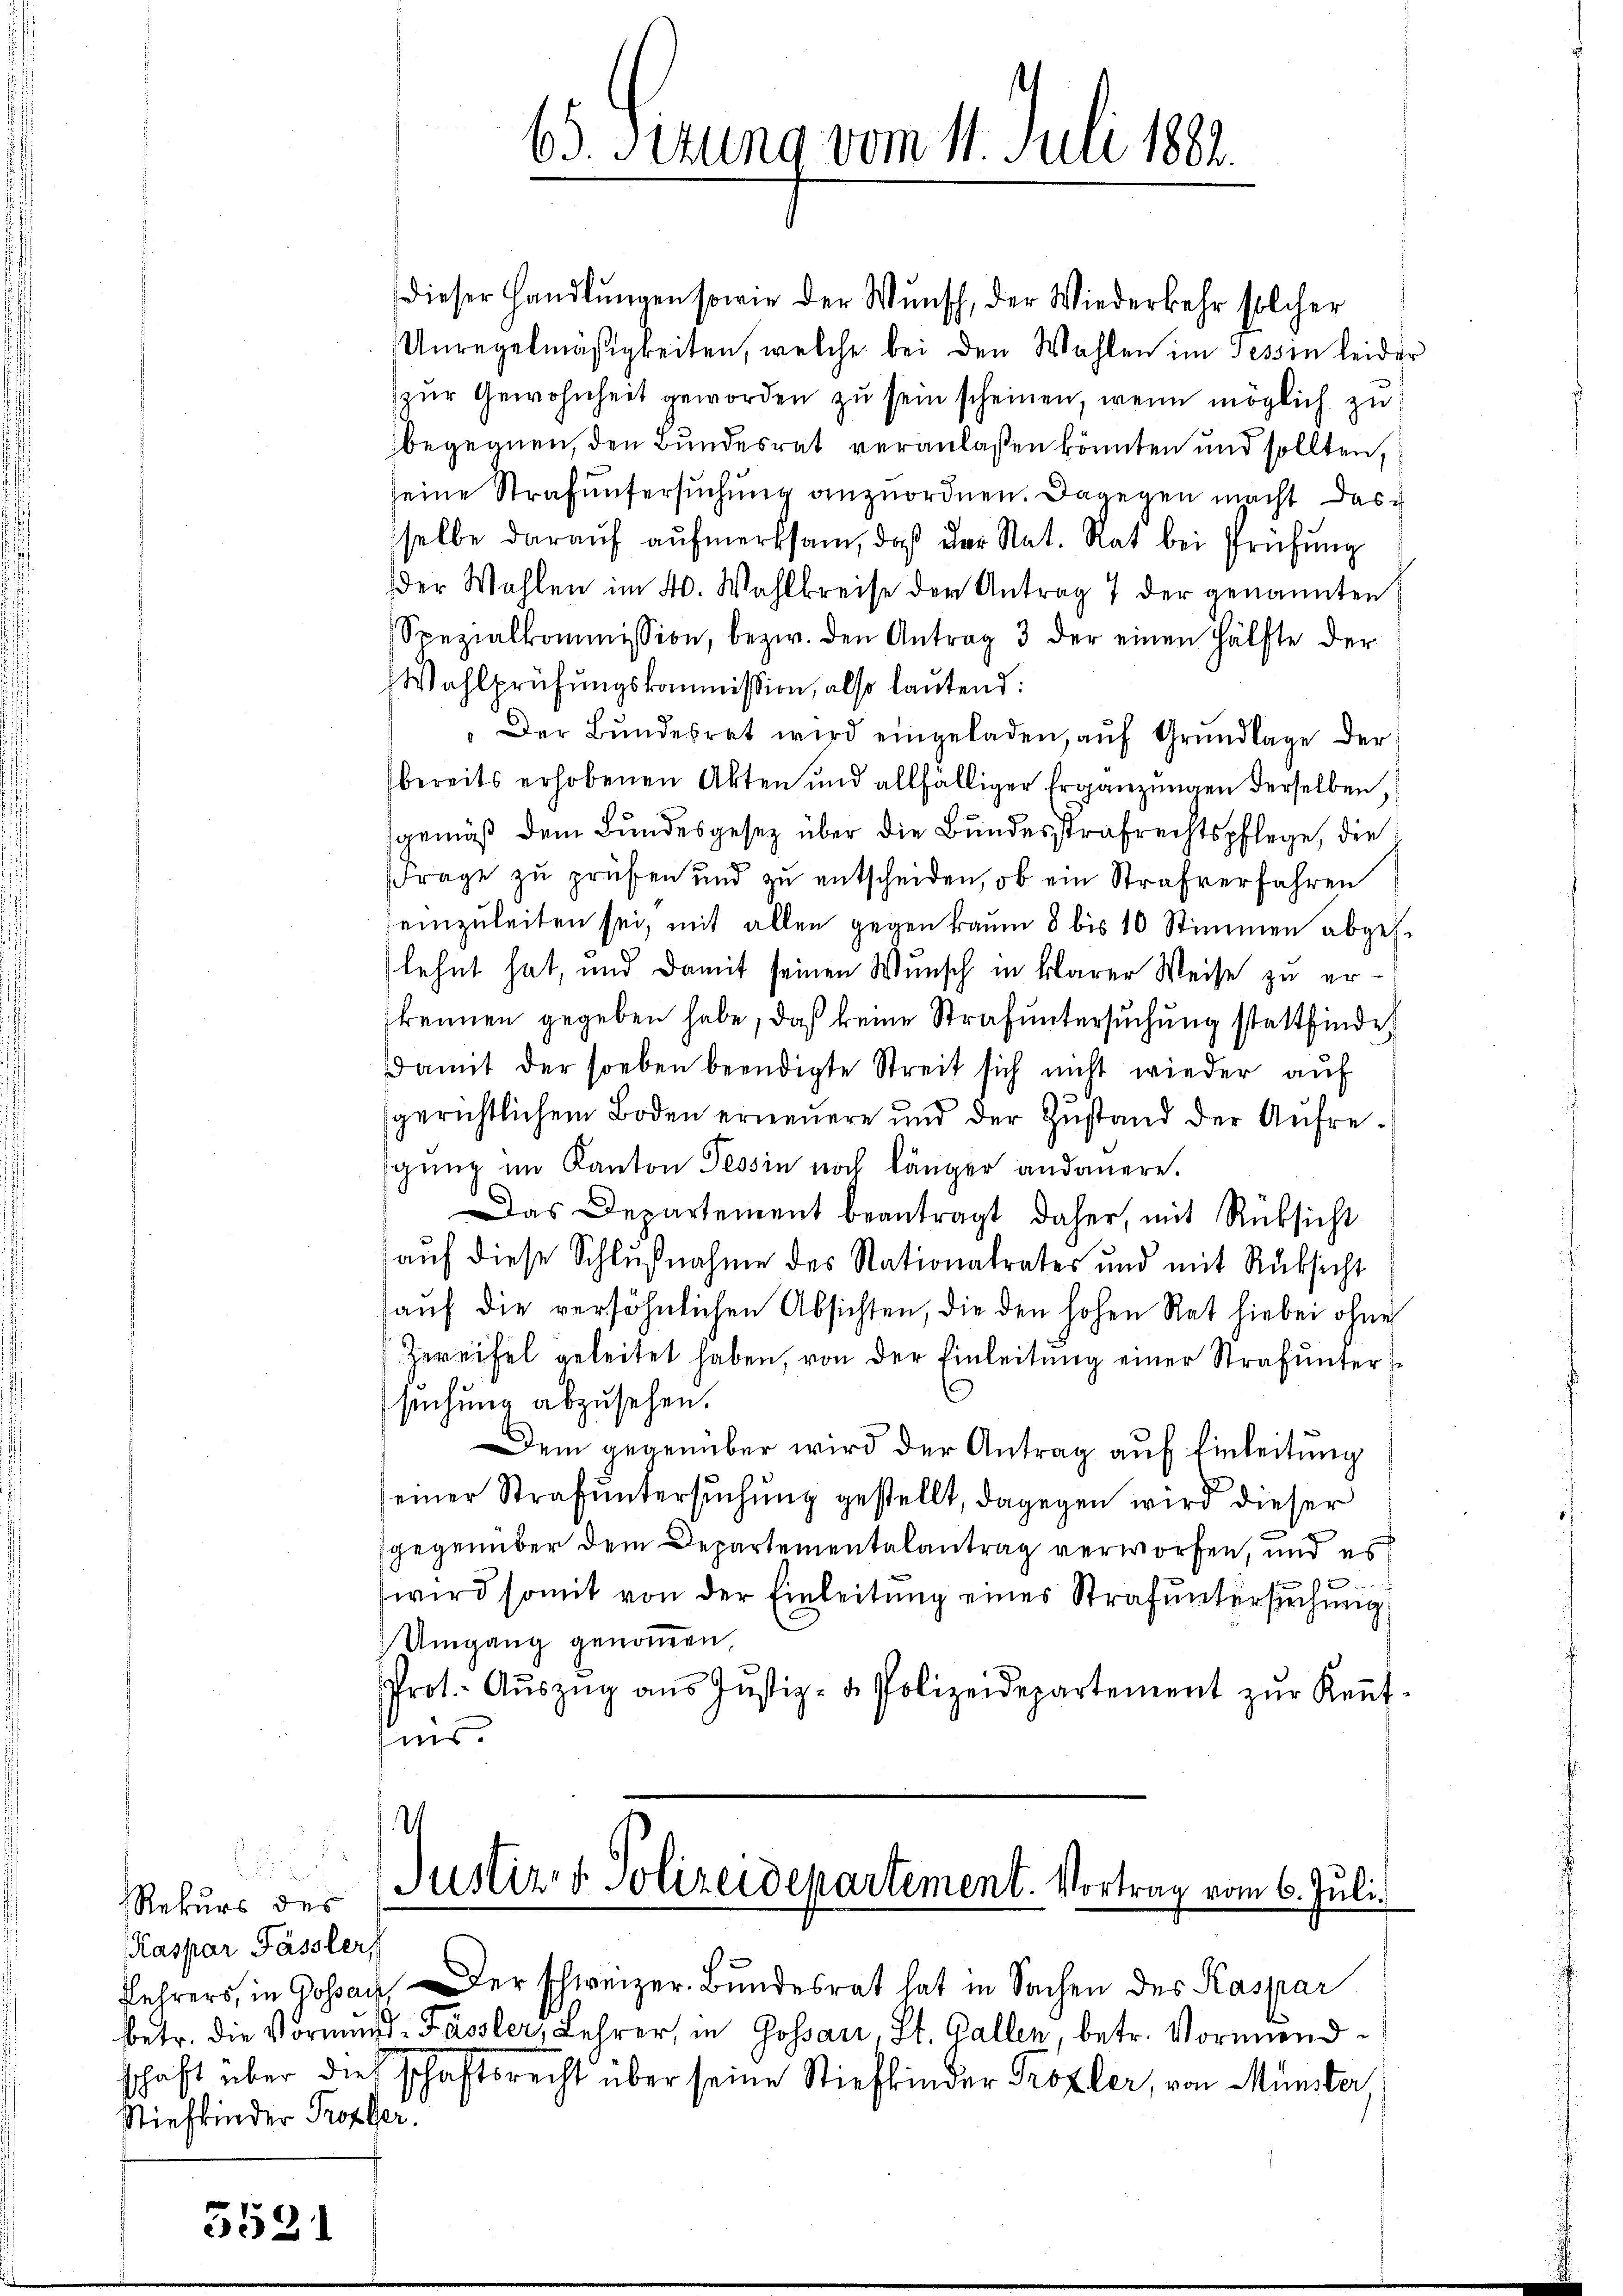
i
Rekurs des
Kaspar Fässlers
Stiefkinder Tropfer.

5521

dieser Handlŭngen sowie der Wŭnsch, der Wiederkehr solcher
Anregelmäßigkeiten, welche bei den Wahlen im Tessin leider
zur Gewohnheit geworden zu sein scheinen, wenn möglich zu
begegnen, den Bundesrat veranlaßen könnten und sollten,
seine Strafuntersuchung anzuordnen. Dagegen macht das
sselbe darauf aufmerksam, daß der Nat. Rat bei Prüfung
der Wahlen im 4. Wahlkreise der Antrag 7 der genannten
Spezialkommission, bezw. den Antrag 3 der einen Hälfte der
Wahlprüfungskommission, also lautend:
"Der Bŭndesrat wird eingeladen, aŭf Grŭndlage der
bereits erhobenen Akten und allfälliger Ergänzungen derselben,
gemäß dem Bundesgesetz über die Bundesstrafrechtspflege, die
Frage zu prüfen und zu entscheiden, ob ein Strafverfahren
einzuleiten sei, mit allen gegen kaum 8 bis 10 Stimmen abges.
lehnt hat, und damit seinen Wunsch in klarer Weise zu erkennen gegeben habe, daß keine Strafuntersuchung stattfindet
Damit der soeben beendigte Streit sich nicht wieder auf
gerichtlichem Boden erneuere und der Zustand der Aufregŭng im Kanton Tessin noch länger andauere.
Das Departement beantragt daher, mit Rüksicht
auf diese Schlußnahme des Nationalrates und mit Rüksicht
aŭf die versöhnlichen Absichten, die den hohen Rat hiebei ohne
Zweifel geleitet haben, von der Einleitung einer Strafuntersuchung abzusehen.
Dem gegenüber wird der Antrag auf Einleitung
einer Strafuntersuchung gestellt, dagegen wird dieser
gegenüber dem Departementalantrag verworfen, und es
wird somit von der Einleitŭng eines Strafŭntersŭchŭng
Umgang genommen,
Prot. Aŭszŭg aŭs Jŭstiz- & Polizeidepartement zŭr Keṅt-
is.

65. Serung vom 11. Juli 188.

h
Justiz- & Polizeidepartement. Vortrag vom 6. Juli.

Lehrers, in Gossar, er schweizer. Bundesrat hat in Sachen des Kaspar
betr. die Vormŭnd Fässler, Lehrer, in Gossari St. Gallen betr. Vormundschaft über dies schaftsrecht über seine Stiefkinder Prozler, von Münster